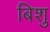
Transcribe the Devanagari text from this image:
बिशु